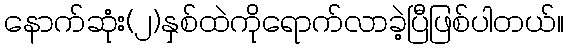
နောက်ဆုံး(၂)နှစ်ထဲကိုရောက်လာခဲ့ပြီဖြစ်ပါတယ်။